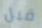
قبل